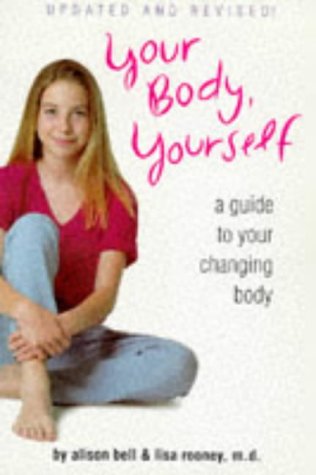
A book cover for Your Body, Yourself: A Guide to Your Changing Body (Your Body, Your Self Book); Alison Bell; Teen & Young Adult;